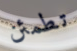
تطمئن